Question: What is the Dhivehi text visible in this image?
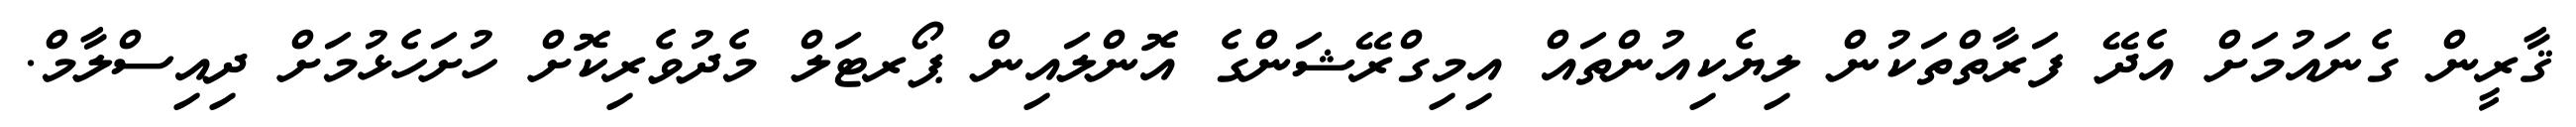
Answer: ޤާރީން ގެނައުމަށް އެދޭ ފަރާތްތަކުން ލިޔެކިއުންތައް އިމިގްރޭޝަންގެ އޮންލައިން ޕޯރޓަލް މެދުވެރިކޮށް ހުށަހެޅުމަށް ދިއިސްލާމް.